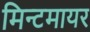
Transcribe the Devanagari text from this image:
मिन्टमायर